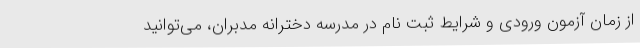
از زمان آزمون ورودی و شرایط ثبت نام در مدرسه دخترانه مدبران، می‌توانید